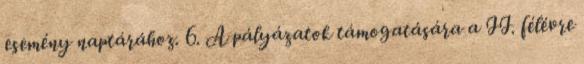
esemény naptárához. 6. A pályázatok támogatására a II. félévre